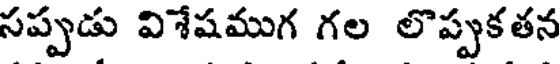
సప్పుడు విశేషముగ గల లొప్పుకతన